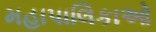
મહાપાલિકાઓ